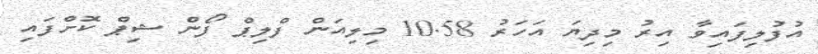
އުފުލިފައިވާ އިރު މިދިޔަ އަހަރު 10.58 މިލިއަން ފްލިޕް ފޯން ޝިޕް ކޮށްފައި